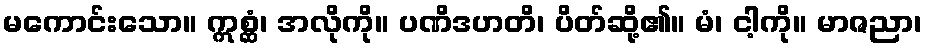
မကောင်းသော။ ဣစ္ဆံ၊ အလိုကို။ ပဏိဒဟတိ၊ ပိတ်ဆို့၏။ မံ၊ ငါ့ကို။ မာဇညာ၊